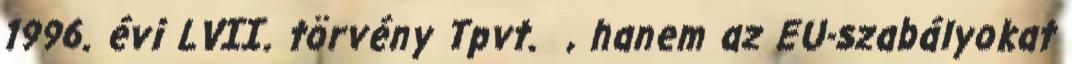
1996. évi LVII. törvény Tpvt. , hanem az EU-szabályokat